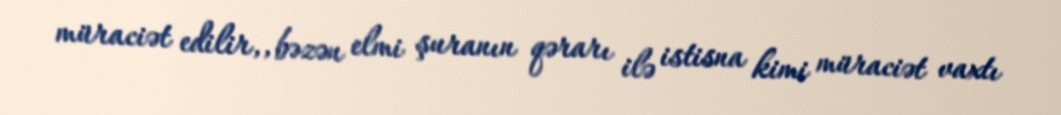
müraciət edilir,, bəzən elmi şuranın qərarı ilə istisna kimi müraciət vaxtı